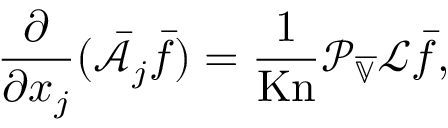
\frac { \partial } { \partial x _ { j } } ( \bar { \mathcal { A } } _ { j } \bar { f } ) = \frac { 1 } { \mathrm { K n } } \mathcal { P } _ { \overline { { \mathbb { V } } } } \mathcal { L } \bar { f } ,